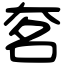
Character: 㚚